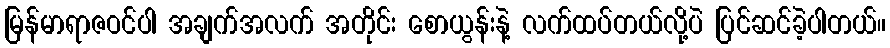
မြန်မာရာဇဝင်ပါ အချက်အလက် အတိုင်း စောယွန်းနဲ့ လက်ထပ်တယ်လို့ပဲ ပြင်ဆင်ခဲ့ပါတယ်။